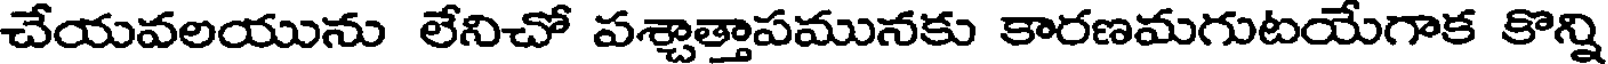
చేయవలయును లేనిచో పశ్చాత్తాపమునకు కారణమగుటయేగాక కొన్ని